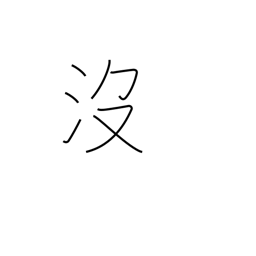
Meaning: to drown